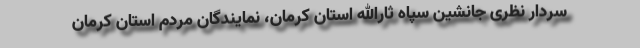
سردار نظری جانشین سپاه ثارالله استان کرمان، نمایندگان مردم استان کرمان